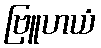
ဗြူဟယံ